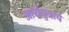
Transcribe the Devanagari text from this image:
आर्यपुत्राचे